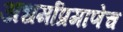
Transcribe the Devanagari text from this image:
अधर्माप्रमाणेच